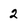
Character: 2